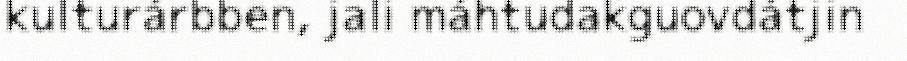
kulturárbben, jali máhtudakguovdátjin